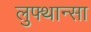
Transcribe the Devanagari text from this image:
लुफ्थान्सा